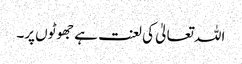
اللہ تعالیٰ کی لعنت ہے جھوٹوں پر۔